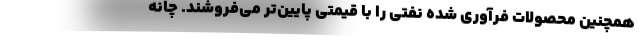
همچنین محصولات فرآوری شده نفتی را با قیمتی پایین‌تر می‌فروشند. چانه